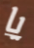
يا